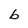
Character: b